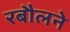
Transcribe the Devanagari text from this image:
रबौलने